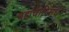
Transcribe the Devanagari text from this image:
बह्मचारिसंघं